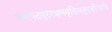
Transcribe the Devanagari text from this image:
जनपदपुररक्षणवृत्तिमनुपजीत्यपि